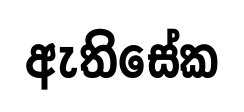
ඇතිසේක